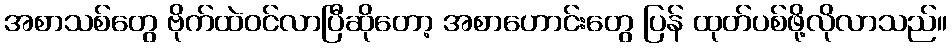
အစာသစ်တွေ ဗိုက်ထဲဝင်လာပြီဆိုတော့ အစာဟောင်းတွေ ပြန် ထုတ်ပစ်ဖို့လိုလာသည်။